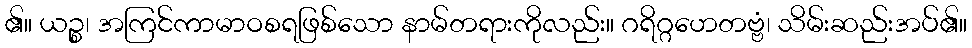
၏။ ယဉ္စ၊ အကြင်ကာမာဝစရဖြစ်သော နာမ်တရားကိုလည်း။ ဂရိဂ္ဂဟေတဗ္ဗံ၊ သိမ်းဆည်းအပ်၏။